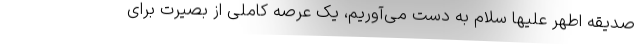
صدیقه اطهر علیها سلام به دست می‌آوریم، یک عرصه کاملی از بصیرت برای